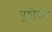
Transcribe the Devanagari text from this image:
पूवोत्तर